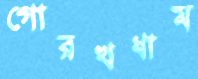
গোরখধাম